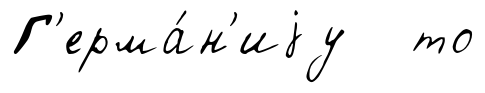
Г'ерма́н'иjу то